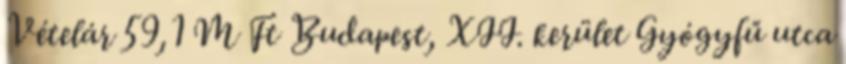
Vételár 59,1 M Ft Budapest, XII. kerület Gyógyfű utca